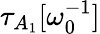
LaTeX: \tau_{A_{1}}[\omega_{0}^{-1}]